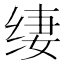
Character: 𰬢